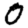
Digit: 0